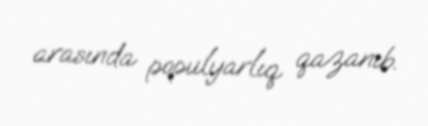
arasında populyarlıq qazanıb.